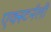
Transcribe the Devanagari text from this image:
एक्स्टर्नली